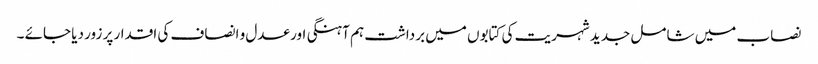
نصاب میں شامل جدید شہریت کی کتابوں میں برداشت ہم آہنگی اور عدل و انصاف کی اقدار پر زور دیا جائے ۔